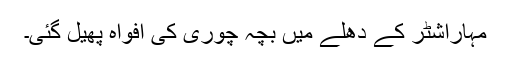
مہاراشٹر کے دھلے میں بچہ چوری کی افواہ پھیل گئی۔